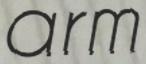
arm